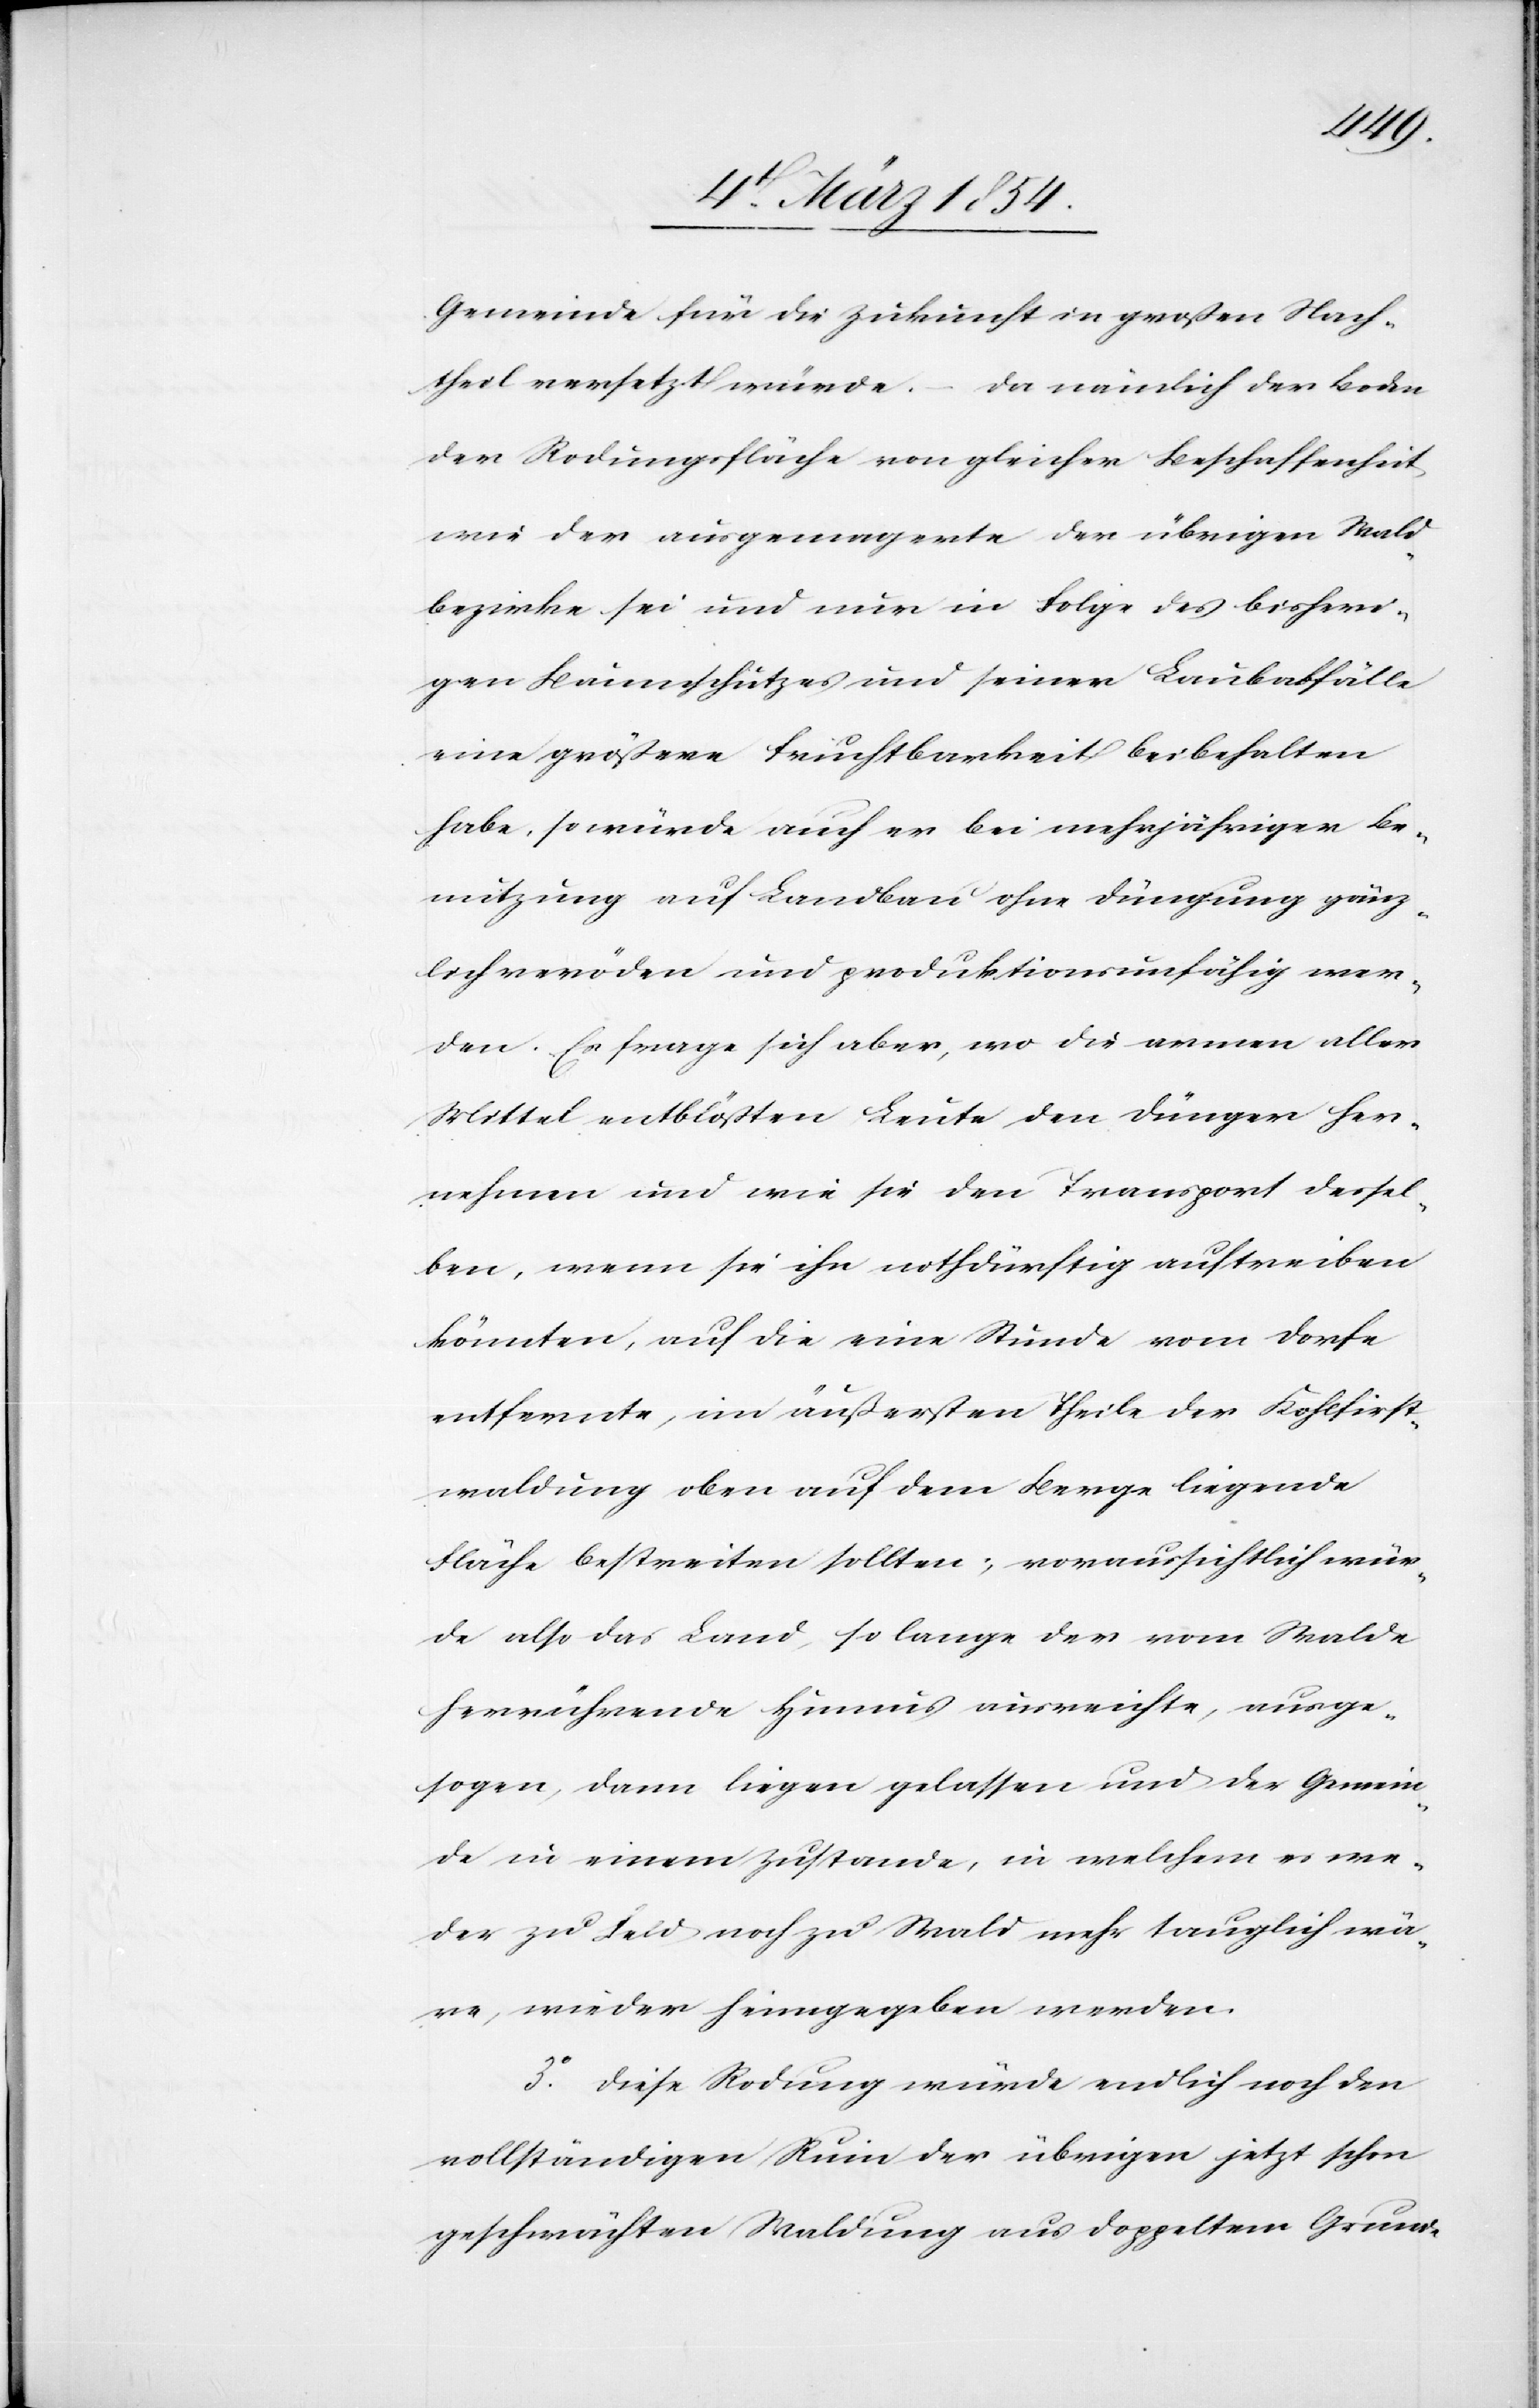
Gemeinde für die Zukunft in großen Nach¬
theil versetzt würde. – Da nämlich der Boden
der Rodungsfläche von gleicher Beschaffenheit,
wie der ausgemagerte der übrigen Wald¬
bezirkes sei und nur in Folge des bisheri¬
gen Baumschutzes und seiner Laubabfälle
eine größere Fruchtbarkeit beibehalten
habe, so würde auch er bei mehrjähriger Be¬
nutzung auf Landbau ohne Düngung gänz¬
lich veröden und produktionsunfähig wer¬
den. Es frage sich aber, wo die armen aller
Mittel entblößten Leute den Dünger her¬
nehmen und wie sie den Transport dessel¬
ben, wenn sie ihn nothdürftig auftreiben
könnten, auf die eine Stunde vom Dorfe
entfernte, im äußersten Theile der Kohlfirst¬
waldung oben auf dem Berge liegende
Fläche bestreiten sollten; voraussichtlich wür¬
de also das Land, so lange der vom Walde
herrührende Humus ausreichte, ausge¬
sogen, dann liegen gelassen und der Gemein¬
de in einem Zustande, in welchem es we¬
der zu Feld noch zu Wald mehr tauglich wä¬
re, wieder heimgegeben werden.
3o Diese Rodung würde endlich noch den
vollständigen Ruin der übrigen jetzt schon
geschwächten Waldung aus doppeltem Grunde